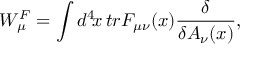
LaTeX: W _ { \mu } ^ { F } = \int d ^ { 4 } \! x \, t r F _ { \mu \nu } ( x ) { \frac { \delta } { \delta A _ { \nu } ( x ) } } ,